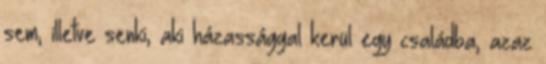
sem, illetve senki, aki házassággal kerül egy családba, azaz